Vaccination in Bombay 1856-1862 - 1856-1862
Year: 1856
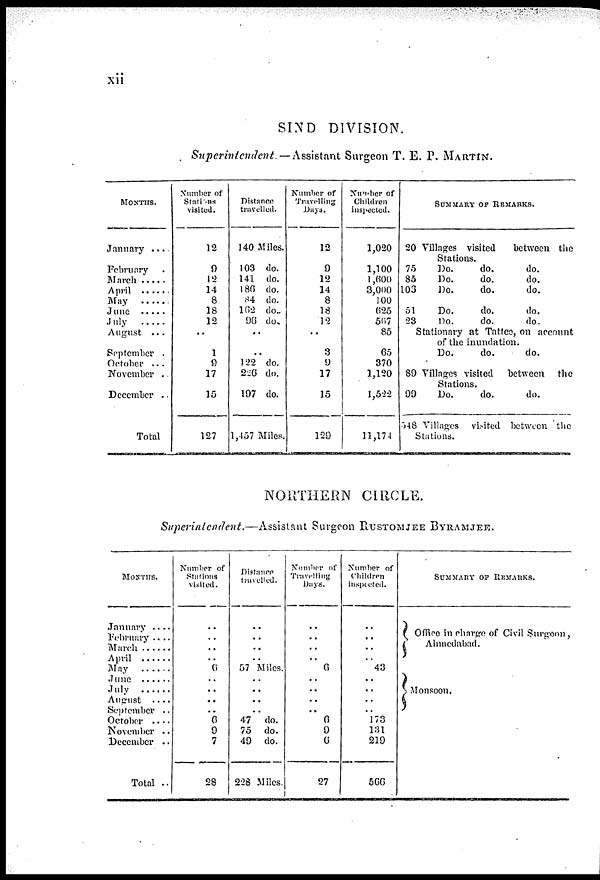
xii
SIND DIVISION.
Superintendent. — Assistant Surgeon T. E. P. MARTIN.
MONTHS.
January ....
February ....
March .....
April ......
May ......
June .....
July
August
...
September .
October ...
November ..
December ..
Total
Number of
Stations
visited.
12
9
12
14
8
18
12
..
1
9
17
15
127
Distance
travelled.
140 Miles.
103 do.
141 do.
186 do.
84 do.
162 do.
96 do.
..
..
122 do.
226 do.
197 do.
1,457 Miles.
Number of
Travelling
Days.
12
9
12
14
8
18
12
..
3
9
17
15
129
Number of
Children
inspeted.
1,020
1,100
1 ,600
3,000
100
625
567
85
65
370
1,120
1,532
11,174
SUMMARY OF REMARKS.
20 Villages visited
between the
Stations.
75
Do.
do.
do.
85
Do.
do.
do.
106
Do.
do.
do.
51
Do.
do.
do.
23
Do.
do.
do.
Stationary at Tattee, on account
of the inundation.
Do.
do.
do.
89 Villages visited
between
the
Stations.
99
Do.
do.
do.
548 Villages
visited between the
Stations.
NORTHERN CIRCLE.
Superintendent.—Assistant Surgeon RUSTOMJEE BYRAMJEE.
MONTHS.
January ....
February ....
March
......
April
May
June
July
August
....
September ..
October ....
November ..
December ..
Total ..
Number of
Stations
visited.
..
..
..
..
6
..
..
..
..
6
9
7
28
Distance
travelled.
..
..
..
..
57 Miles.
..
..
..
.. 47 do.
75
do.
49
do.
228 Miles.
Number of
Travelling
Days.
..
..
..
..
6
..
..
..
.. 6
9
6
27
Number of
Children
inspected.
..
..
..
..
43
..
..
..
..
173
131
219
566
SUMMARY OF REMARKS.
Office in charge of Civil Surgeon,
Ahmednbad.
Monsoon.